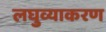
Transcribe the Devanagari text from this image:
लघुव्याकरण